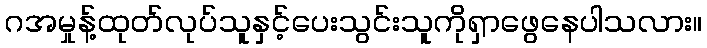
ဂအမှုန့်ထုတ်လုပ်သူနှင့်ပေးသွင်းသူကိုရှာဖွေနေပါသလား။